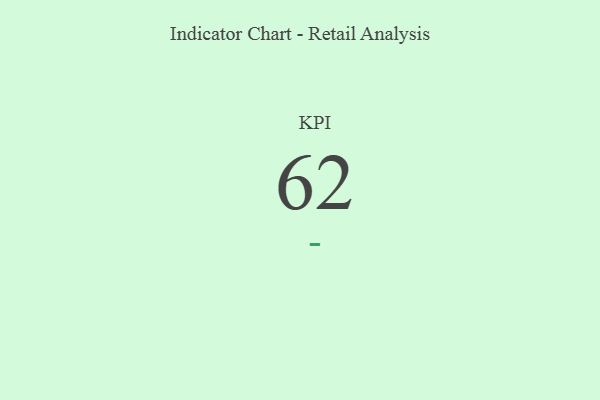
{"axis": {"x": "KPI", "y": "Value"}, "legend": [""], "data": [{"x": "KPI", "y": 62, "type": ""}]}